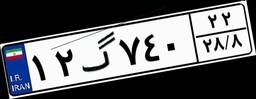
۱۲گ۷۴۰۲۲